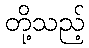
တို့သည့်